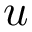
\boldsymbol { u }